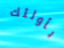
بأولئك